Insane asylums in Bengal annual reports 1876-1887 - 1876-1887
Year: 1876
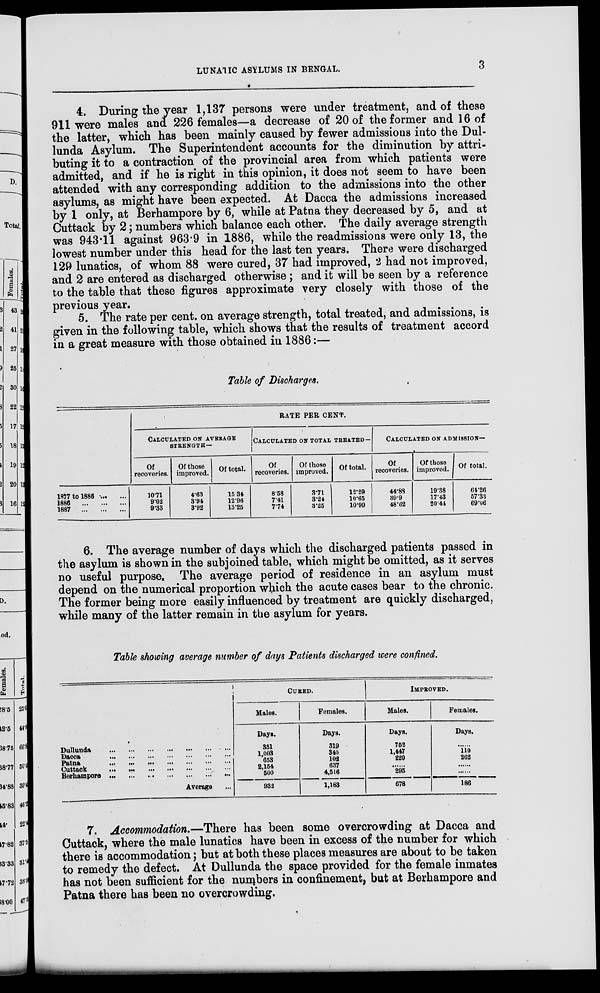
LUNATIC ASYLUMS IN BENGAL.
3
4. During the year 1,137 persons were under treatment, and of these
911 were males and 226 females—a decrease of 20 of the former and 16 of
the latter, which has been mainly caused by fewer admissions into the Dul-
lunda Asylum. The Superintendent accounts for the diminution by attri-
buting it to a contraction of the provincial area from which patients were
admitted, and if he is right in this opinion, it does not seem to have been
attended with any corresponding addition to the admissions into the other
asylums, as might have been expected. At Dacca the admissions increased
by 1 only, at Berhampore by 6, while at Patna they decreased by 5, and at
Cuttack by 2; numbers which balance each other. The daily average strength
was 943.11 against 963.9 in 1886, while the readmissions were only 13, the
lowest number under this head for the last ten years. There were discharged
129 lunatics, of whom 88 were cured, 37 had improved, 2 had not improved,
and 2 are entered as discharged otherwise ; and it will be seen by a reference
to the table that these figures approximate very closely with those of the
previous year.
5. The rate per cent. on average strength, total treated, and admissions, is
given in the following table, which shows that the results of treatment accord
in a great measure with those obtained in 1886:—
Table of Discharges.
1877 to 1886 ... ...
1886
...
...
...
1887
...
...
...
RATE PER CENT.
CALCULATED ON AVERAGE
STRENGTH —
Of
recoveries.
10.71
9.02
9.33
Of those
improved.
4.63
3.94
3.92
Of total.
15.34
12.96
13.25
CALCULATED ON TOTAL TREATED—
Of
recoveries.
8.58
7.41
7.74
Of those
improved.
3.71
3 24
3.25
Of total.
12.29
10.65
10.99
CALCULATED ON ADMISSION—
Of
recoveries.
44.88
39.9
48.62
Of those
improved.
19.38
17.43
20.44
Of total.
64.26
57.33
69.06
6. The average number of days which the discharged patients passed in
the asylum is shown in the subjoined table, which might be omitted, as it serves
no useful purpose. The average period of residence in an asylum must
depend on the numerical proportion which the acute cases bear to the chronic.
The former being more easily influenced by treatment are quickly discharged,
while many of the latter remain in the asylum for years.
Table showing average number of days Patients discharged were confined.
Dullunda
...
...
...
...
...
...
...
Dacca
...
...
...
...
...
...
...
Patna ... ... ... ... ... ... ...
Cuttack
...
...
...
...
...
...
...
Berhampore
...
...
...
...
...
...
...
Average ...
CURED.
Males.
Days.
351
1,003
653
2,154
500
932
Females.
Days.
319
340
102
637
4,516
1,183
IMPROVED.
Males.
Days.
752
1,447
220
......
295
678
Females.
Days.
......
110
262
......
......
186
7. Accommodation.—There has been some overcrowding at Dacca and
Cuttack, where the male lunatics have been in excess of the number for which
there is accommodation; but at both these places measures are about to be taken
to remedy the defect. At Dullunda the space provided for the female inmates
has not been sufficient for the numbers in confinement, but at Berhampore and
Patna there has been no overcrowding.